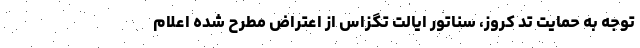
توجه به حمایت تد کروز، سناتور ایالت تگزاس از اعتراض مطرح شده اعلام